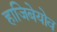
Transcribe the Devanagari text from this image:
हाजिबेयोव